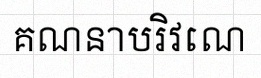
គណនាបរិវេណ